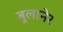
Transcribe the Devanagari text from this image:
बुलानेर